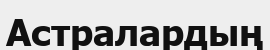
Астралардың